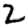
Digit: 2